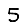
Digit: 5